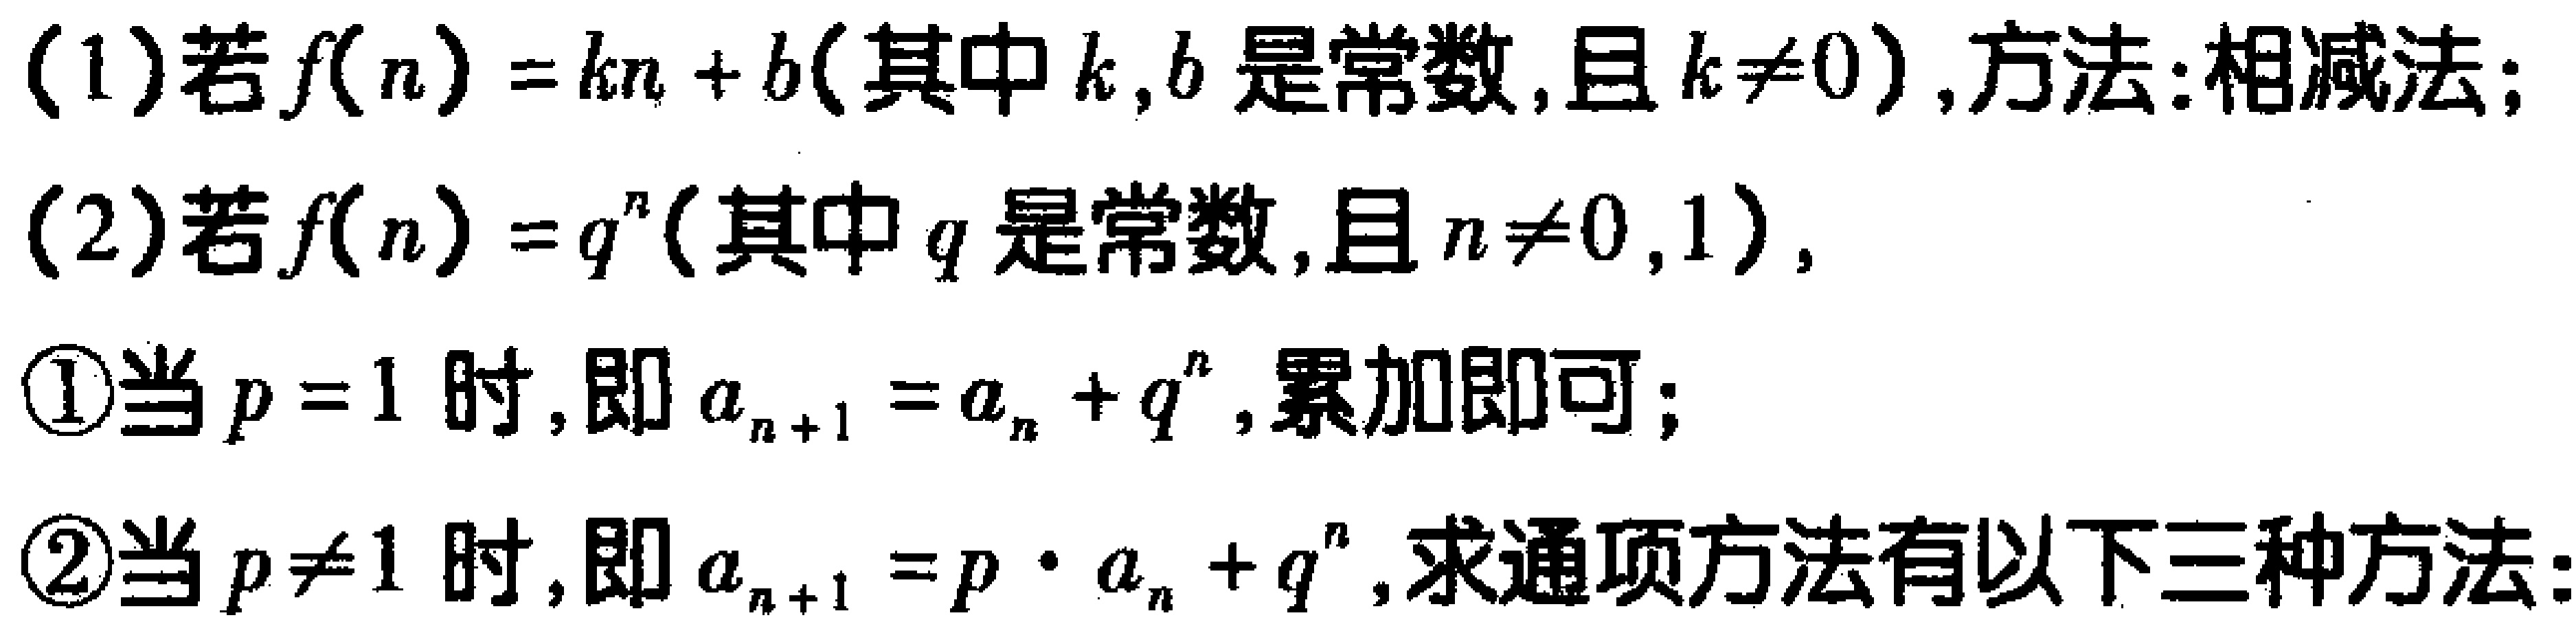
(1)若\(f(n)=kn + b\)（其中\(k,b\)是常数，且\(k\neq0\)）,方法:相减法；
(2)若\(f(n)=q^{n}\)（其中\(q\)是常数,且\(n\neq0,1\)）,
\textcircled{1}当\(p = 1\)时,即\(a_{n + 1}=a_{n}+q^{n}\),累加即可；
\textcircled{2}当\(p\neq1\)时,即\(a_{n + 1}=p\cdot a_{n}+q^{n}\),求通项方法有以下三种方法: